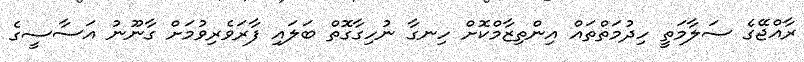
ރާއްޖޭގެ ސަލާމަތީ ހިދުމަތްތައް އިންތިޒާމްކޮށް ހިނގާ ނުހިގާގޮތް ބަލައި ފާރަވެރިވުމަށް ގާނޫނު އަސާސީގެ